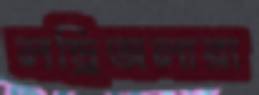
লন্ড্রিঅলারা